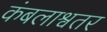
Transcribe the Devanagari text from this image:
कंबलाश्वतर